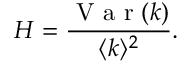
H = \frac { \mathrm { ~ V ~ a ~ r ~ } ( k ) } { \langle k \rangle ^ { 2 } } .